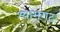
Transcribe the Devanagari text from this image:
श्यामगढ़